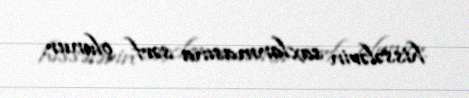
hissələrin saxlanmasına sərf olunur.